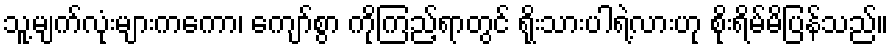
သူ့မျက်လုံးများကကော၊ ကျော်စွာ ကိုကြည့်ရာတွင် ရိုးသားပါရဲ့လားဟု စိုးရိမ်မိပြန်သည်။